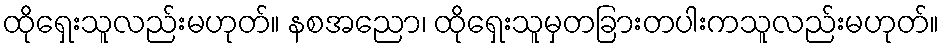
ထိုရှေးသူလည်းမဟုတ်။ နစအညော၊ ထိုရှေးသူမှတခြားတပါးကသူလည်းမဟုတ်။